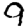
Digit: 9